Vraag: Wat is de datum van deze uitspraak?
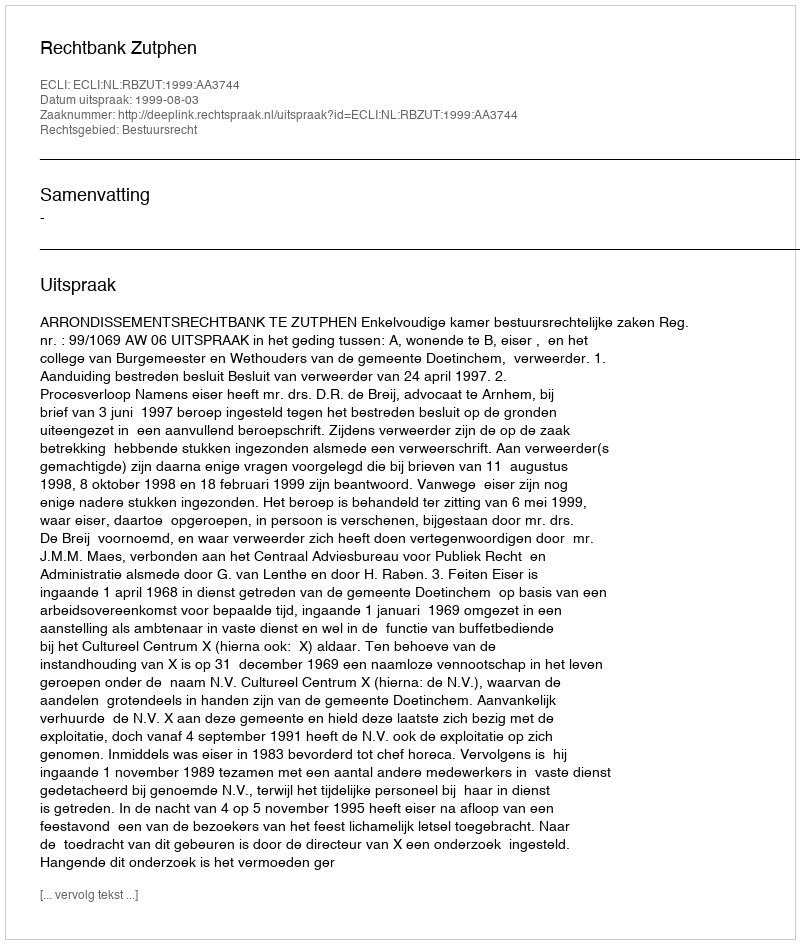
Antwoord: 1999-08-03